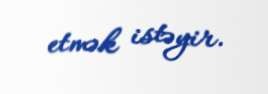
etmək istəyir.